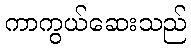
ကာကွယ်ဆေးသည်